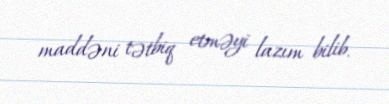
maddəni tətbiq etməyi lazım bilib.